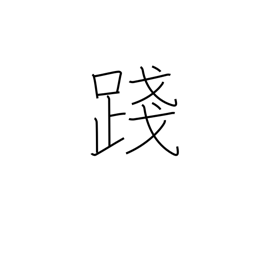
Meaning: trample